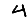
Digit: 4